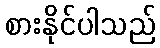
စားနိုင်ပါသည်